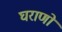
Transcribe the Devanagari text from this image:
घराणो